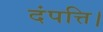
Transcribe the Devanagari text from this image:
दंपत्ति।